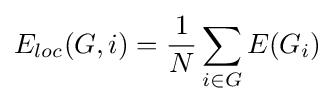
E_{loc}(G,i)={\frac {1}{N}}\sum _{i\in G}E(G_{i})